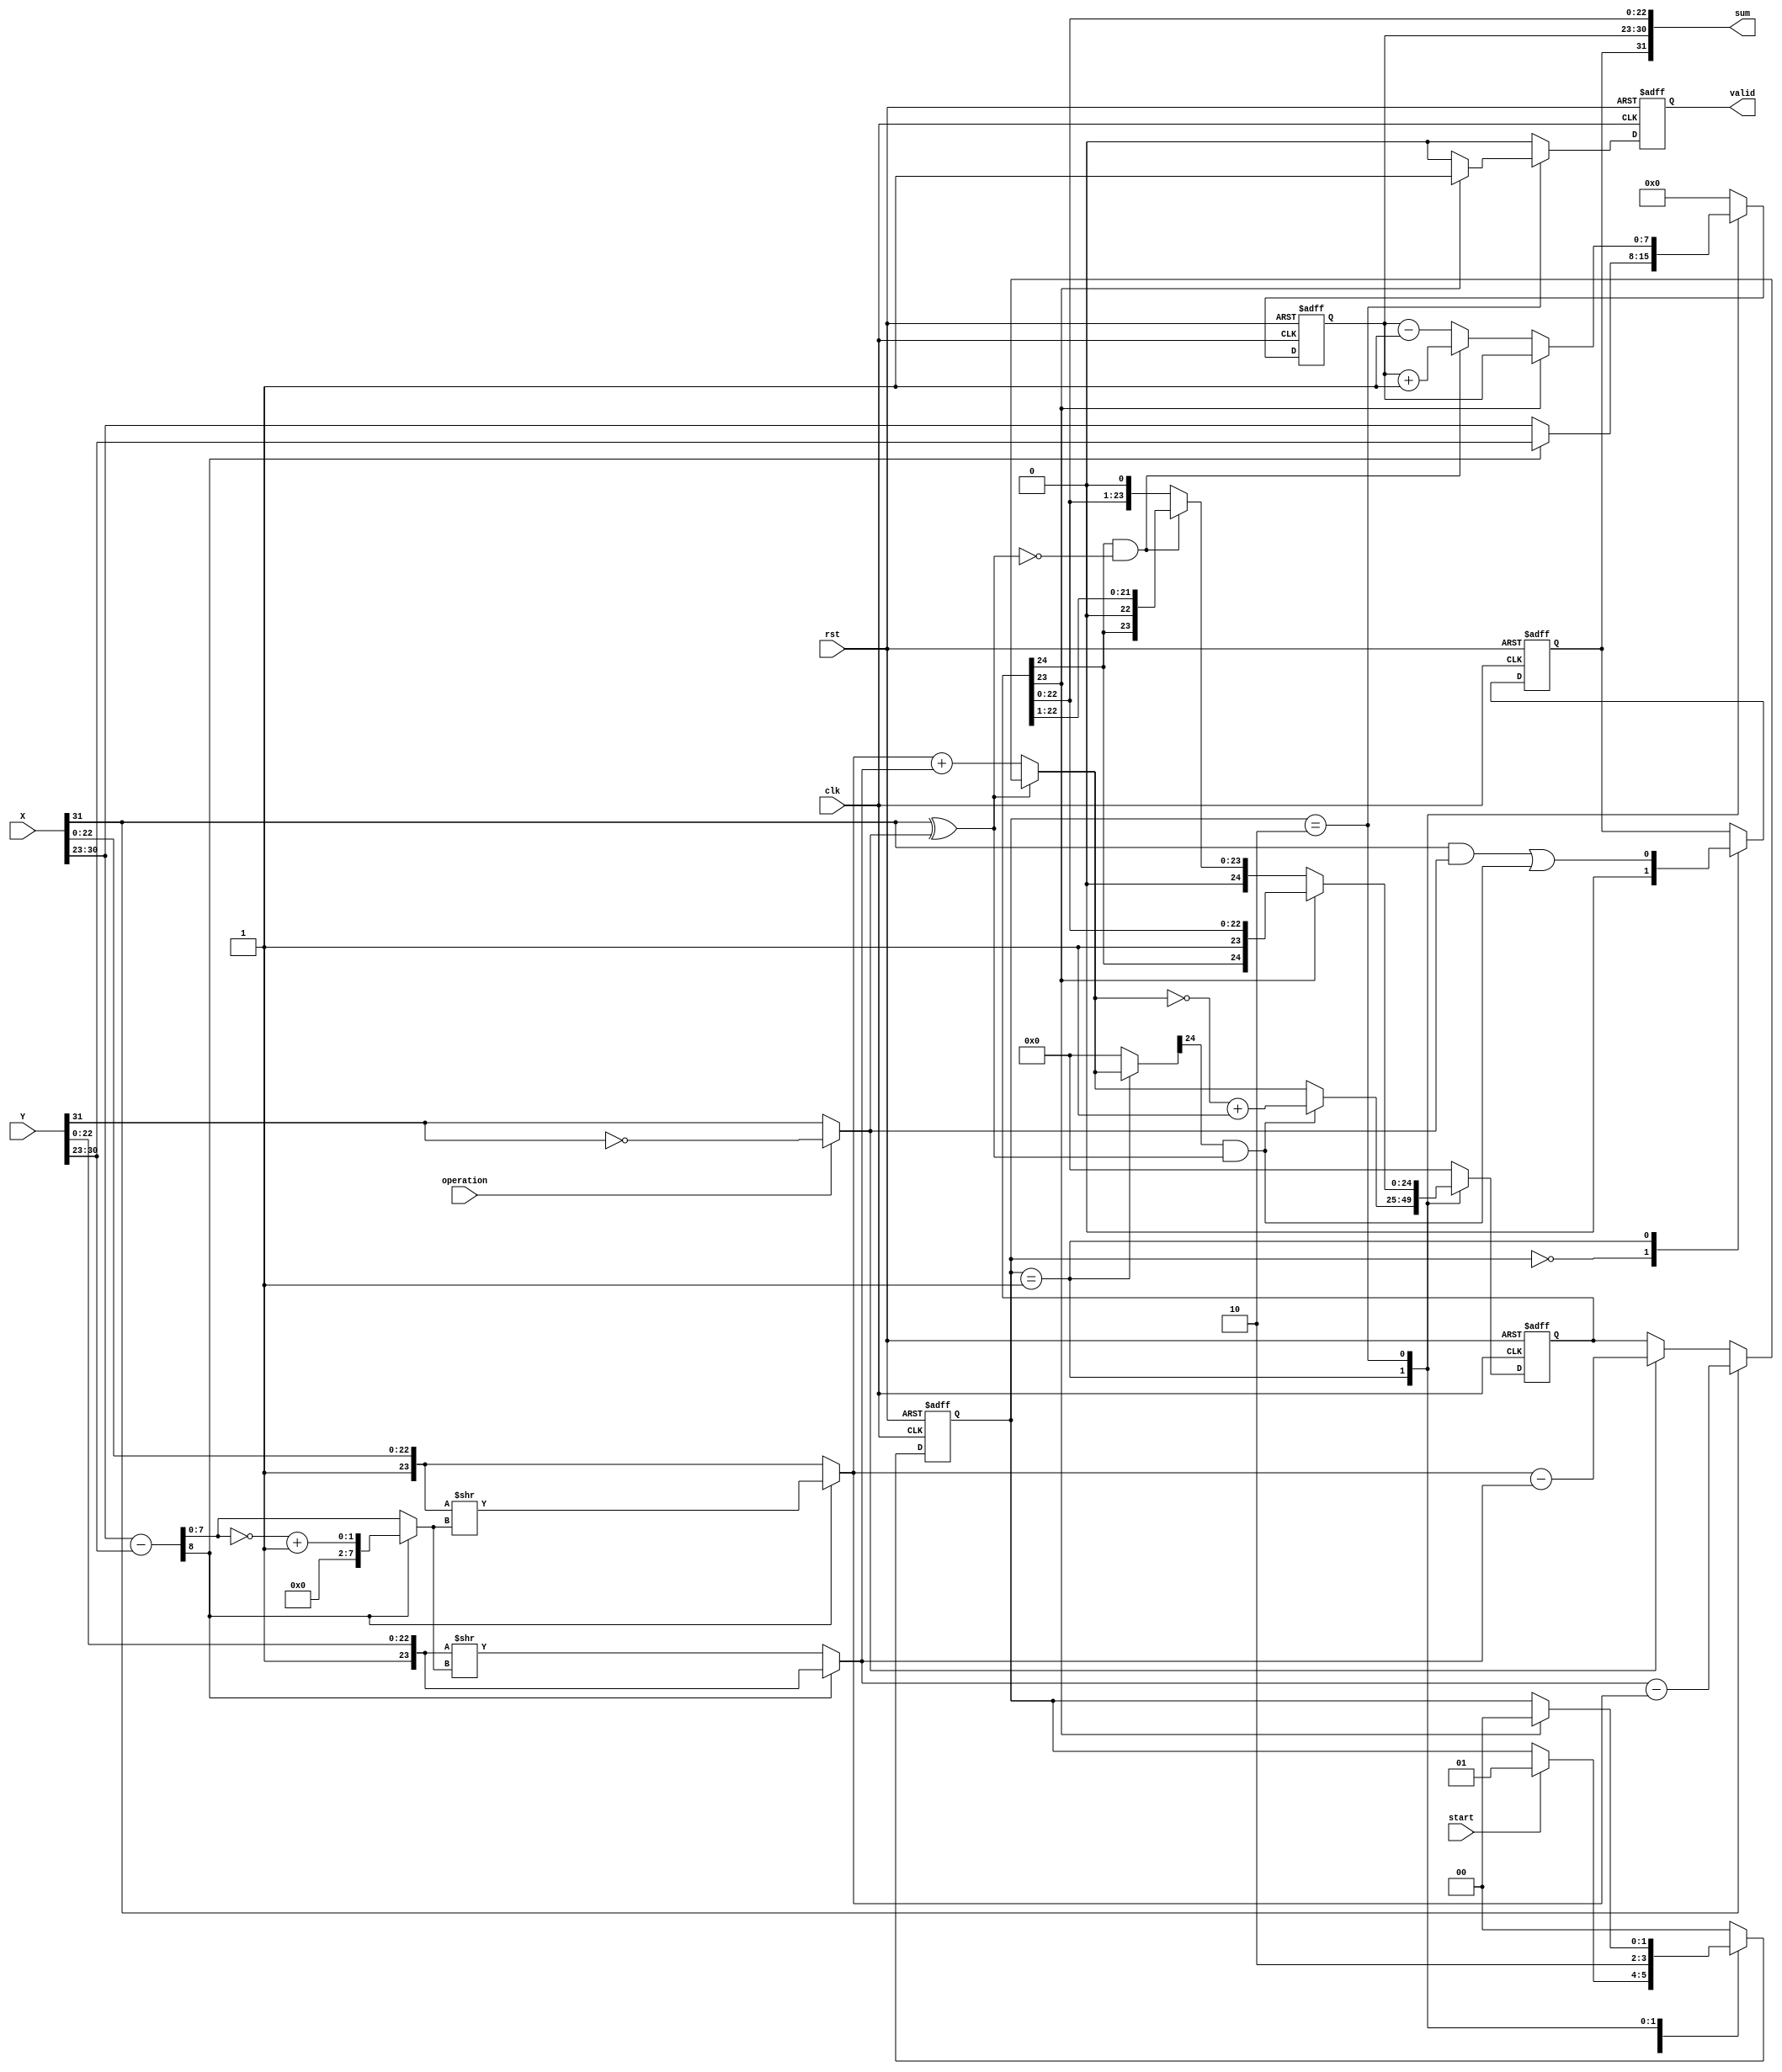
module float_add_sub(clk,rst,start,X,Y,operation,valid,sum);
    input clk;
    input rst;
    input start;
    input operation;            // 0- Addition / 1- Substraction
    
    // IEEE FORMAT INPUTS AND OUTPUT
    input [31:0]X,Y;
    output [31:0]sum;
    
    // INDICATE WHEN THE OUTPUT IS OF VALID FORM
    output valid;
    
    reg X_sign,Y_sign,sum_sign, next_sum_sign;
    reg [7:0] X_exp, Y_exp, sum_exp, next_sum_exp;
    reg [23:0] X_mant, Y_mant;                      // Extracted mantissa {1, extraction}
    reg [23:0] X_mantissa, Y_mantissa;              // Normalized mantissa (equalizing exponents)
    reg [24:0] sum_mantissa, next_sum_mantissa;     // Providing space for overflow
    
    reg valid, next_valid;
    reg [8:0] expsub, abs_diff;
    reg [24:0] sum_mantissa_temp;
    reg [1:0] next_state, pres_state;
    
    // Defining States of Module
    parameter IDLE = 2'b00;
    parameter START = 2'b01;
    parameter SHIFT_MANT =2'b10;
    
    wire add_carry, sub_borrow;
    
    assign sum = {sum_sign, sum_exp, sum_mantissa[22:0]};
    assign add_carry = sum_mantissa[24]&!(X_sign^Y_sign);
    assign sub_borrow = sum_mantissa_temp[24] &(X_sign^Y_sign);
    
    always @(posedge clk or negedge rst)
    begin
        if(!rst) begin
            valid           <= 1'b0;
            pres_state      <= 2'd0;
            sum_exp         <= 8'd0;
            sum_mantissa    <= 25'd0;
            sum_sign        <= 1'b0;
        end
        else begin
            valid           <= next_valid;
            pres_state      <= next_state;
            sum_exp         <= next_sum_exp;
            sum_mantissa    <= next_sum_mantissa;
            sum_sign        <= next_sum_sign;
        end
    end
   
    always @(*)
    begin
        next_valid = 1'b0;
        
        X_sign = X[31];
        Y_sign = (operation)? ~Y[31]: Y[31];
        X_exp = X[30:23];
        Y_exp = Y[30:23];
        X_mant = {1'b1,X[22:0]};
        Y_mant = {1'b1,Y[22:0]};
        
        next_sum_sign = sum_sign;
        next_sum_exp  = 8'd0;
        next_sum_mantissa = 25'd0;
        next_state = IDLE;
        sum_mantissa_temp = 25'd0;
        
        
        case (pres_state)
            IDLE: 
            begin
                next_valid = 1'b0;
                
                X_sign = X[31];
                Y_sign = (operation)? ~Y[31]: Y[31];
                X_exp = X[30:23];
                Y_exp = Y[30:23];
                X_mant = {1'b1,X[22:0]};
                Y_mant = {1'b1,Y[22:0]};
                
                next_sum_sign = 1'b0;
                next_sum_exp  = 8'd0;
                next_sum_mantissa = 25'd0;
                next_state = (start)? START:pres_state;
                
            end
            
            START:
            begin
                expsub = X_exp - Y_exp;
                abs_diff = expsub[8]? !(expsub[7:0])+1'b1 : expsub[7:0];
                
                X_mantissa = expsub[8]? X_mant >> abs_diff : X_mant;
                Y_mantissa = expsub[8]? Y_mant : Y_mant >> abs_diff;
                
                next_sum_exp = expsub[8]? Y_exp : X_exp;
                sum_mantissa_temp = !(X_sign ^Y_sign) ? X_mantissa + Y_mantissa :               // If both numbers are of same sign add the mantissas
                                    (X_sign) ? Y_mantissa - X_mantissa :                        // If X is negative
                                    (Y_sign) ? X_mantissa - Y_mantissa : sum_mantissa;          // If Y is negative otherwise invalid
                next_sum_mantissa = sub_borrow ? ~(sum_mantissa_temp)+1'b1 : sum_mantissa_temp;
                next_sum_sign = (X_sign & Y_sign) || sub_borrow;
                next_valid = 1'b0;
                next_state = SHIFT_MANT;
            end
            
            SHIFT_MANT:
            begin
                next_sum_exp = sum_mantissa[23]? sum_exp : (add_carry)? sum_exp + 1'b1 : sum_exp - 1'b1;
                next_sum_mantissa = sum_mantissa[23] ? sum_mantissa : (add_carry)?  sum_mantissa >> 1 : sum_mantissa <<1;
                next_valid = sum_mantissa[23] ? 1'b1 : 1'b0;
                next_state = sum_mantissa [23] ? IDLE: pres_state;
            end
        endcase
    end        
endmodule